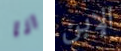
انا الإبن